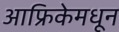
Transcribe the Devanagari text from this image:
आफ्रिकेमधून